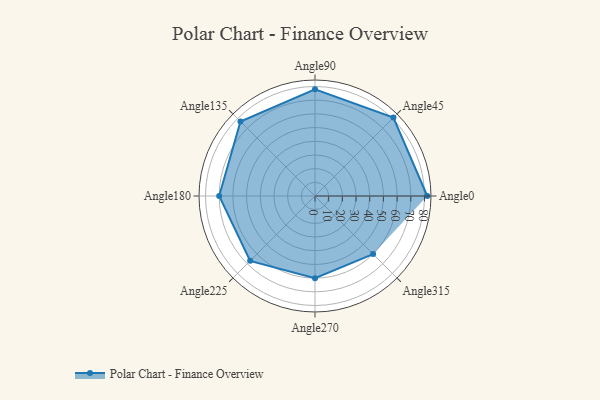
{"axis": {"x": "Angle", "y": "Radius"}, "legend": [""], "data": [{"x": "Angle0", "y": 82.0, "type": ""}, {"x": "Angle45", "y": 81.0, "type": ""}, {"x": "Angle90", "y": 78.0, "type": ""}, {"x": "Angle135", "y": 77.0, "type": ""}, {"x": "Angle180", "y": 70.0, "type": ""}, {"x": "Angle225", "y": 67.0, "type": ""}, {"x": "Angle270", "y": 60.0, "type": ""}, {"x": "Angle315", "y": 60.0, "type": ""}]}